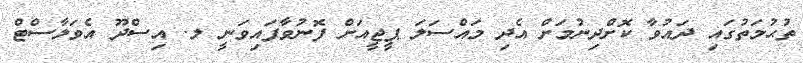
ތުޙުމަތުގައި ދައުވާ ކޮށްދިނުމަށް އެދި މައްސަލަ ޕީޖީއަށް ފޮނުވާފައިވަނީ ލ. އިސްދޫ އެވަލާސްޓް